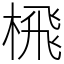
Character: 榌